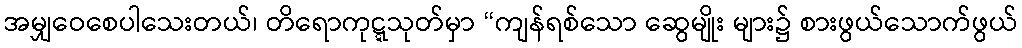
အမျှဝေစေပါသေးတယ်၊ တိရောကုဋ္ဋသုတ်မှာ “ကျန်ရစ်သော ဆွေမျိုး များ၌ စားဖွယ်သောက်ဖွယ်